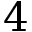
4